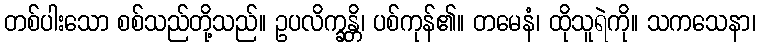
တစ်ပါးသော စစ်သည်တို့သည်။ ဥပလိက္ခန္တိ၊ ပစ်ကုန်၏။ တမေနံ၊ ထိုသူရဲကို။ သကသေနာ၊